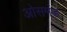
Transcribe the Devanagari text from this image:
ओसमंड